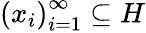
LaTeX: \left(x_{i}\right)_{i=1}^{\infty}\subseteq H